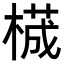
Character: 𬃾